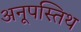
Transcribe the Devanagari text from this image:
अनूपस्तिथ